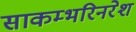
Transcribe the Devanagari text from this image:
साकम्भरिनरेश